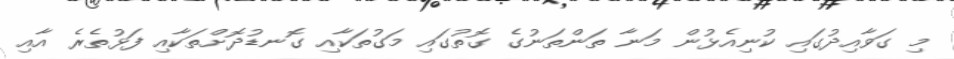
މި ގަވާއިދުގައި ކުނިއެޅުން މަނާ ތަންތަނުގެ ގޮތުގައި މަގުތަކާއި ގޮނޑުދޮށްތަކާއި ފަޅުތެރެ އާއި